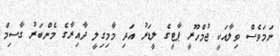
ނަމަވެސް ވިލާއަކީ ޖުމްހޫރީ ޕާޓީގެ ލީޑަރު އަދި މާމިގިލީ ދާއިރާގެ މެންބަރު ގާސިމް